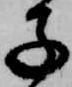
子